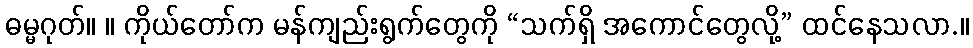
ဓမ္မဂုတ်။ ။ ကိုယ်တော်က မန်ကျည်းရွက်တွေကို “သက်ရှိ အကောင်တွေလို့” ထင်နေသလာ.။